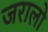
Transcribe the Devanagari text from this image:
जरालो